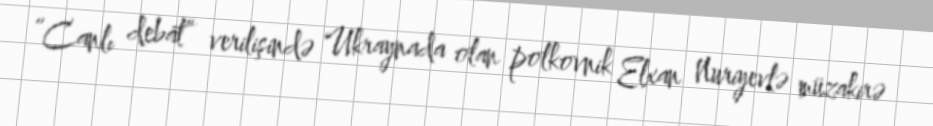
“Canlı debat” verilişində Ukraynada olan polkovnik Elxan Nuriyevlə müzakirə